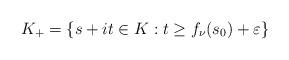
LaTeX: \begin{align*}K_{+}=\{s+it\in K:t\ge f_{\nu}(s_{0})+\varepsilon\}\end{align*}